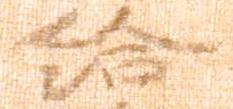
給